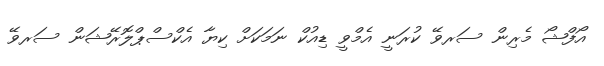
އޯފްޝޯ މެރިން ސަރވޭ ކުރަނީ އެމްވީ ޑިއުކް ނަމަކަށް ކިޔާ އެކްސްޕްލޮރޭޝަން ސަރވޭ